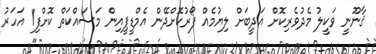
ޤާނޫނީ ވަކީލު މެދުވެރިކޮށް އަދީބަށް ލިޔުމެއް ފޯރުކޮށްދޭން އެމްޑީޕީއިން މަސައްކަތް ކޮށްފި1 އަހަރު